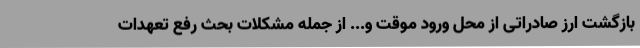
بازگشت ارز صادراتی از محل ورود موقت و... از جمله مشکلات بحث رفع تعهدات